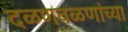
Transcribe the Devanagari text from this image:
दळणवळणांच्या